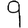
Digit: 9